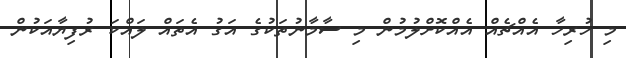
މި ހުރިހާ އެއްޗެއް އެއްކޮށްލުމުން މި ސާމާނުތަކުގެ އަގު އެތައް ލައްކަ ރުފިޔާއަކުން